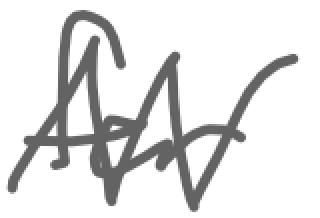
Text: for
Cross-out: zig-zag
Writing tool: digital_gray